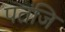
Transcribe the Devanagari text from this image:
पतंजि